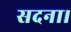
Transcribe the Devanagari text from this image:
सदना।